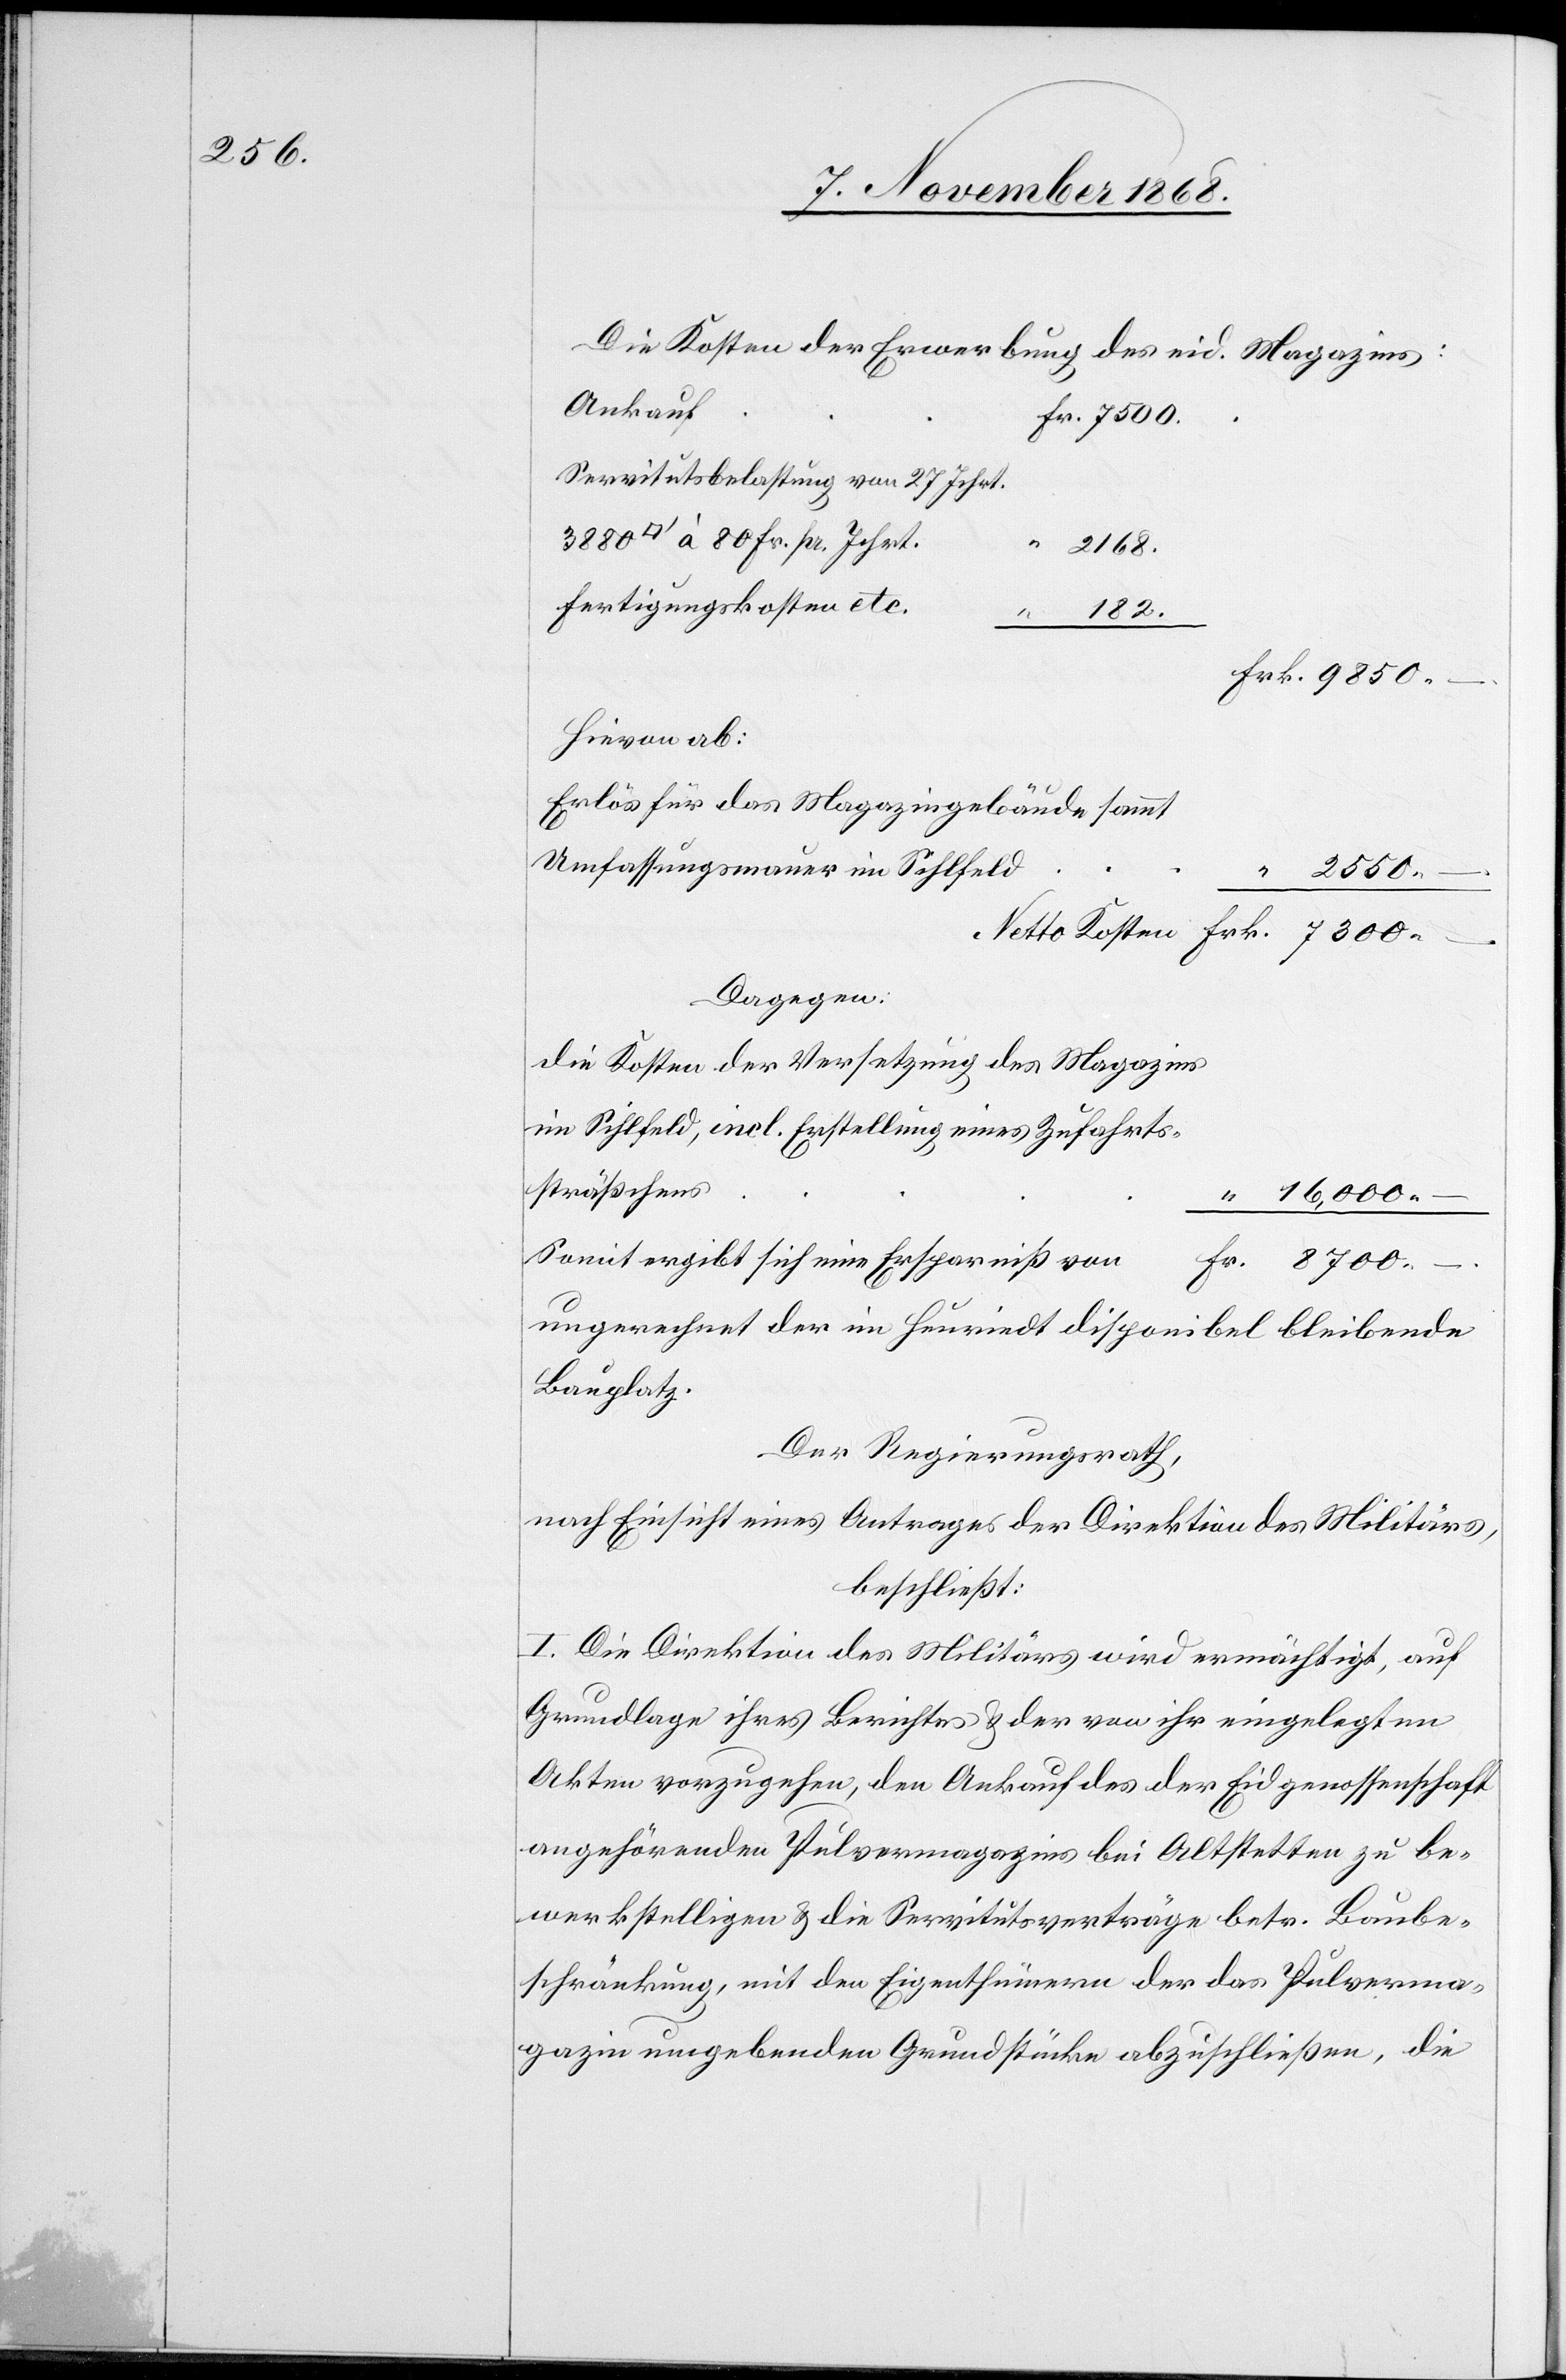
Die Kosten der Erwerbung des eid. Magazins:
Ankauf
Frk. 7300 –
Servitutsbelastung von 27 Jchrt.
à 80 Fr. pr. Jchrt.
2168.
Fertigungskosten etc.
“ 182.
Frk. 9850 –
Hievon ab:
Erlös für das Magazingebäude sammt
Umfassungsmauer im Sihlfeld
“ 2550 –
Dagegen:
die Kosten der Versetzung des Magazins
im Sihlfeld, incl. Erstellung eines Zufahrts¬
sträßchens
“ 16,000 –
Somit ergibt sich eine Ersparniß von
Fr. 8700
–
ungerechnet der im Heuriedt disponibel bleibende
Bauplatz.
Der Regierungsrath,
nach Einsicht eines Antrages der Direktion des Militärs,
beschließt:
I. Die Direktion des Militärs wird ermächtigt, auf
Grundlage ihres Berichtes & der von ihr eingelegten
Akten vorzugehen, den Ankauf des der Eidgenossenschaft
angehörenden Pulvermagazins bei Altstetten zu be¬
werkstelligen & die Servitutsverträge betr. Baube¬
schränkung, mit den Eigenthümern der das Pulverma¬
gazin umgebenden Grundstücke abzuschließen, die